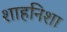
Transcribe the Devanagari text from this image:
शाहनिशा